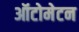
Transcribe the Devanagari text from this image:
ऑटोमेटन